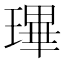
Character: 㻫